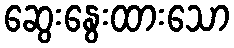
ဆွေးနွေးထားသော